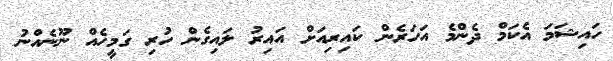
ހައިޝަމަ އެކަމް ދެންމެ އަހަރެން ކައިރިއަށް އައިރު ލައިގެން ހުރި ގަމީހެއް ނޫނެއްނު